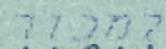
למכור